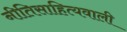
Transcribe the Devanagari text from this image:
नीतिसाहित्यवाली